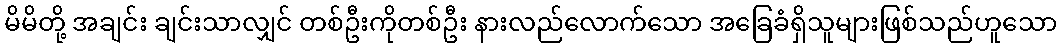
မိမိတို့ အချင်း ချင်းသာလျှင် တစ်ဦးကိုတစ်ဦး နားလည်လောက်သော အခြေခံရှိသူများဖြစ်သည်ဟူသော